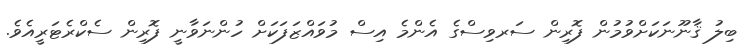
ބިލު ޤާނޫނަކަށްވުމުން ފޮރިން ސަރވިސްގެ އެންމެ އިސް މުވައްޒަފަކަށް ހުންނަވާނީ ފޮރިން ސެކްރެޓަރީއެވެ.